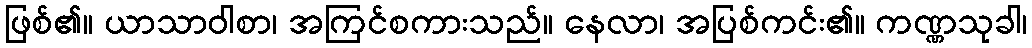
ဖြစ်၏။ ယာသာဝါစာ၊ အကြင်စကားသည်။ နေလာ၊ အပြစ်ကင်း၏။ ကဏ္ဏသုခါ၊